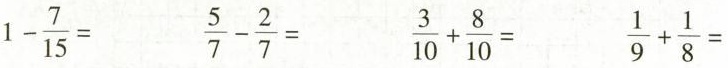
$$1- \frac{7}{15}=$$ $$\frac{5}{7}- \frac{2}{7}=$$ $$\frac{3}{10}+ \frac{8}{10}=$$ $$\frac{1}{9}+ \frac{1}{8}=$$